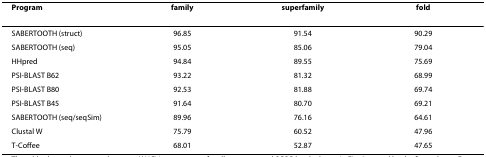
| Program | family | superfamily | fold |
 | --- | --- | --- | --- |
 | SABERTOOTH (struct) | 96.85 | 91.54 | 90.29 |
 | SABERTOOTH (seq) | 95.05 | 85.06 | 79.04 |
 | HHpred | 94.84 | 89.55 | 75.69 |
 | PSI-BLAST B62 | 93.22 | 81.32 | 68.99 |
 | PSI-BLAST B80 | 92.53 | 81.88 | 69.74 |
 | PSI-BLAST B45 | 91.64 | 80.70 | 69.21 |
 | SABERTOOTH (seq/seqSim) | 89.96 | 76.16 | 64.61 |
 | Clustal W | 75.79 | 60.52 | 47.96 |
 | T-Coffee | 68.01 | 52.87 | 47.65 |